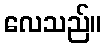
လေသည်။